Report on vaccination in Madras 1895-1903 - 1895-1903
Year: 1895
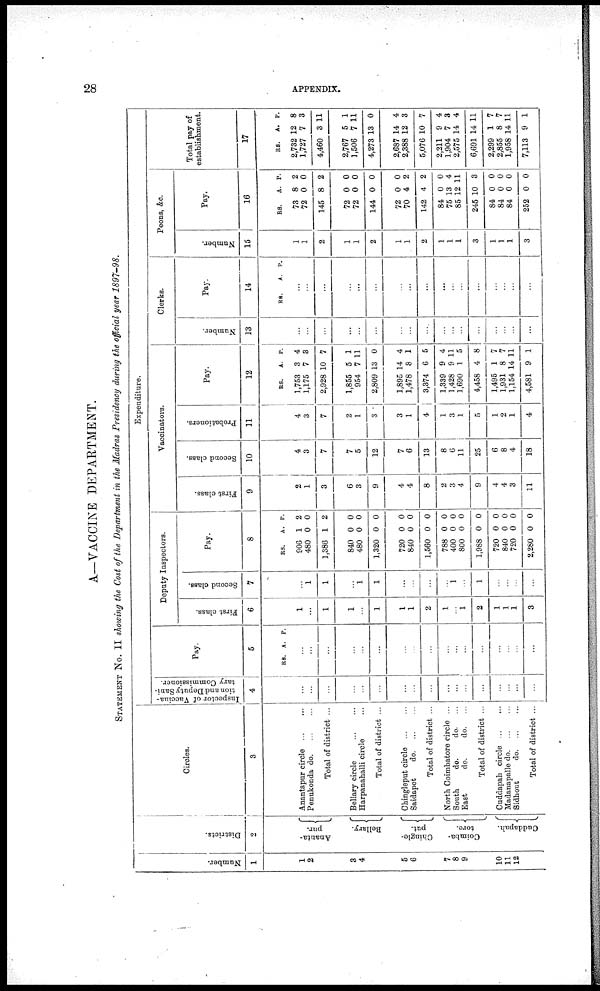
28
APPENDIX.
A—VACCINE DEPARTMENT.
STATEMENT No. II showing the Cost of the Department in the Madras Presidency during the official year 1897—98.
Number.
1
1
2
3
4
5
6
7
8
9
10
11
12
Districts.
2
Ananta-
pur.
Bellary.
Chingle-
put.
Coimba-
tore.
Cuddapah.
Circles.
3
Anantapur
circle...
...
Penukonda d
o
. ... ...
Total of district ...
Bellary
circle...
...
Harpanahalli circle...
Total of district ...
Chingleput
circle...
...
Saidapet
do... ...
Total of district ...
North Coimbatore circle ...
South
do.
do. ...
East
do.
do.
Total of district ...
Cuddapah
circle... ...
Madanapalle d
o
. ... ...
Sidhout
d
o
. ... ...
Total of district ...
Expenditure.
Inspector of Vaccina-
tion and Deputy Sani-
tary Commissioner.
4
...
...
...
...
...
...
...
...
...
...
...
...
...
...
...
...
...
Pay.
5
RS A. P.
...
...
...
...
...
...
...
...
...
...
...
...
...
...
...
...
...
Deputy Inspectors.
First class.
6
1
...
1
1
...
1
1
1
2
1
...
1
2
1
1
1
3
Second class.
7
...
1
1
...
1
1
...
...
...
...
1
...
1
...
...
...
...
Pay.
8
RS.
906
480
1,386
840
480
1,320
720
840
1,560
788
400
800
1,988
720
840
720
2,280
A.
1
0
1
0
0
0
0
0
0
0
0
0
0
0
0
0
0
P.
2
0
2
0
0
0
0
0
0
0
0
0
0
0
0
0
0
Vaccinators.
First class.
9
2
1
3
6
3
9
4
4
8
2
3
4
9
4
4
3
11
Second class.
10
4
3
7
7
5
12
7
6
13
8
6
11
25
6
8
4
18
Probationers.
11
4
3
7
2
1
3
3
1
4
1
3
1
5
1
2
1
4
Pay.
12
RS.
1,753
1,175
2,928
1,855
954
2,809
1,895
1,478
3,374
1,339
1,428
1,690
4,458
1,495
1,931
1,154
4,581
A.
3
7
10
5
7
13
14
8
6
9
9
1
4
1
8
14
9
P.
4
3
7
1
11
0
4
1
5
4
11
5
8
7
7
11
1
Clerks.
Number.
13
...
...
...
...
...
...
...
...
...
...
...
...
...
...
...
...
...
Pay.
14
RS.
A. P.
...
...
...
...
...
...
...
...
...
...
...
...
...
...
...
...
...
Peons, &c.
Number.
15
1
1
2
1
1
2
1
1
2
1
1
1
3
1
1
1
3
Pay.
16
RS.
73
72
145
72
72
144
72
70
142
84
75
85
245
84
84
84
252
A.
8
0
8
0
0
0
0
4
4
0
13
12
10
0
0
0
0
P.
2
0
2
0
0
0
0
2
2
0
4
11
3
0
0
0
0
Total pay of
establishment.
17
RS.
2,732
1,727
4,460
2,767
1,506
4,273
2,687
2,388
5,076
2,211
1,904
2,575
6,691
2,299
2,855
1,958
7,113
A.
12
7
3
5
7
13
14
12
10
9
7
14
14
1
8
14
9
P.
8
3
11
1
11
0
4
3
7
4
8
4
11
7
7
11
1